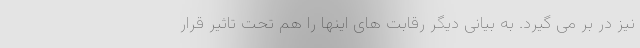
نیز در بر می گیرد. به بیانی دیگر رقابت های اینها را هم تحت تاثیر قرار